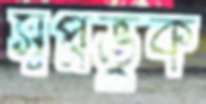
স্বপ্নভুক